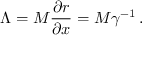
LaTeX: \Lambda = M \frac { \partial r } { \partial x } = M \gamma ^ { - 1 } \, .